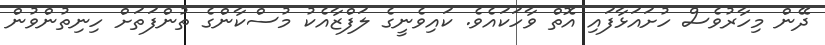
ދޭން މިހާރުވެސް ހުށައަޅާފައި އޮތް ވާހަކައެވެ. ކައިވެނީގެ ލަފްޒާއެކު މުސްކާންގެ ތުންފަތަށް ހިނިތުންވުން